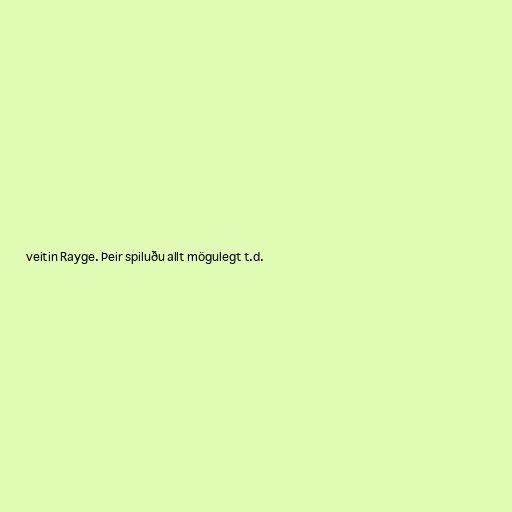
veitin Rayge. Þeir spiluðu allt mögulegt t.d.